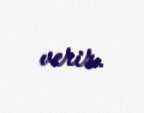
verir.